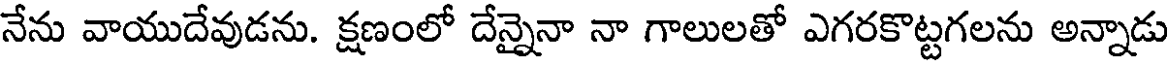
నేను వాయుదేవుడను. క్షణంలో దేన్నైనా నా గాలులతో ఎగరకొట్టగలను అన్నాడు